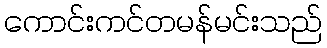
ကောင်းကင်တမန်မင်းသည်